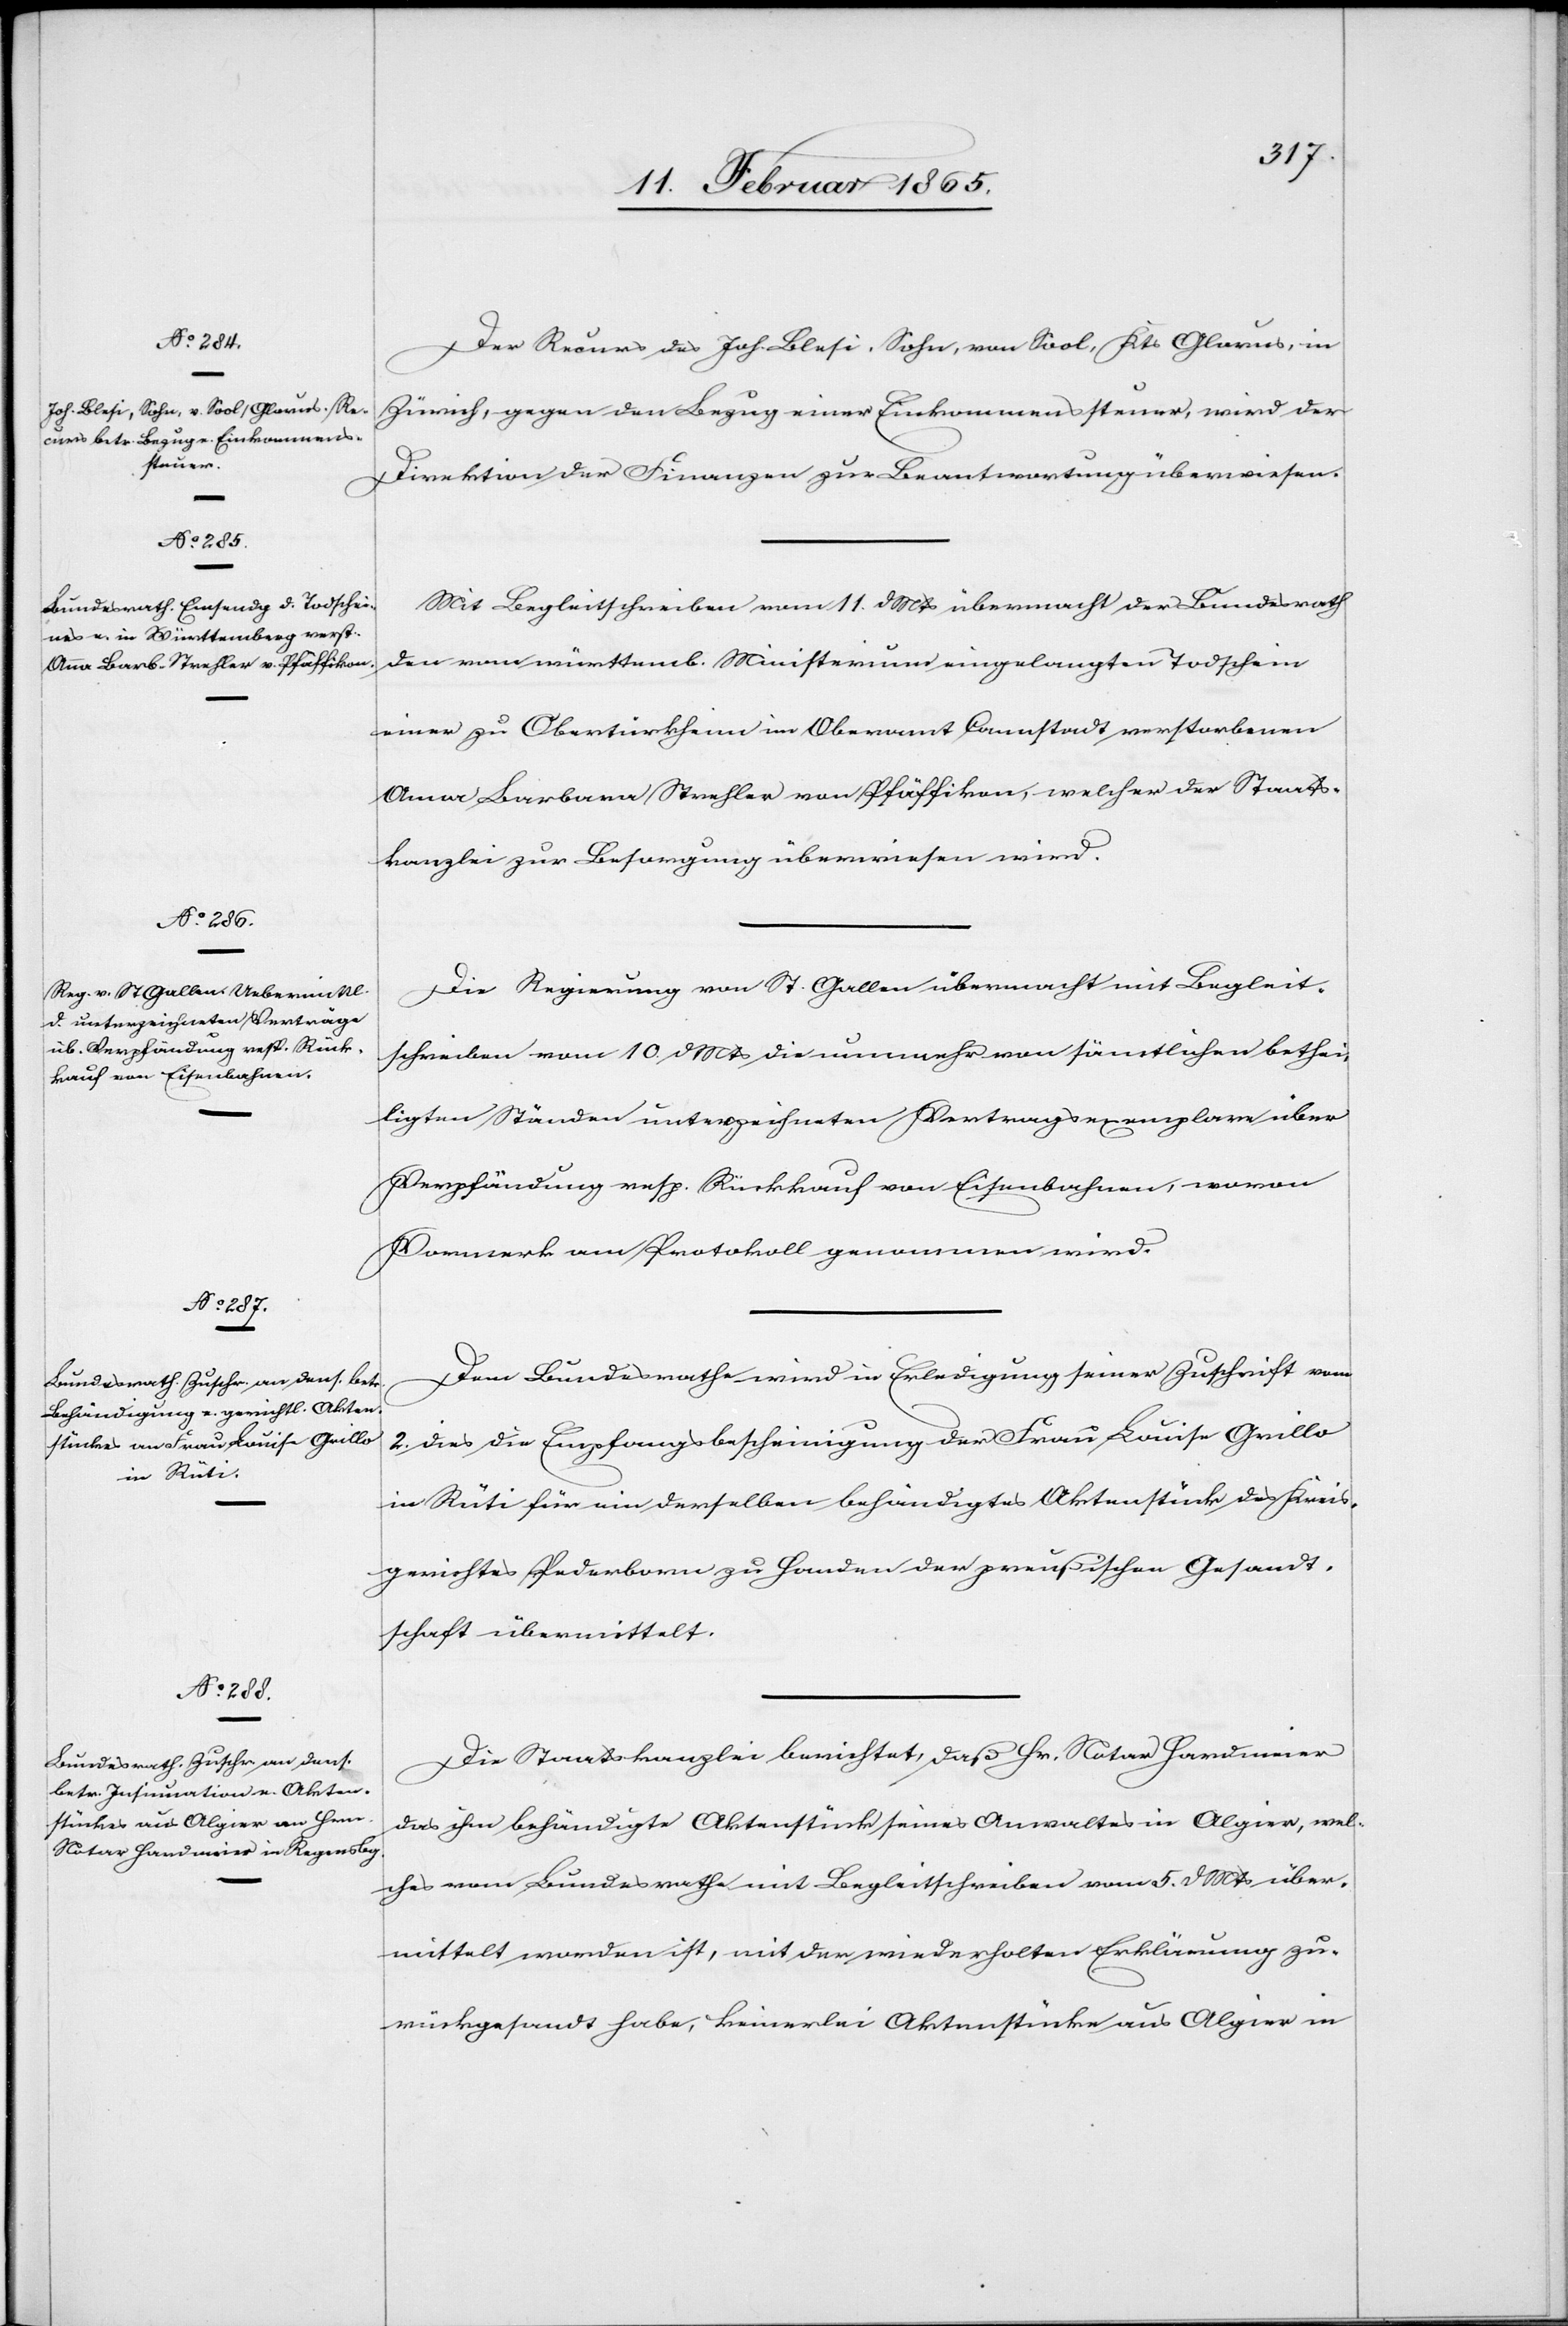
13. Februar 1865.]
Der Recurs des Joh. Blesi, Sohn, von Sool, Kts Glarus, in
Zürich, gegen den Bezug einer Einkommenssteuer, wird der
Direktion der Finanzen zur Beantwortung überwiesen.
Mit Begleitschreiben vom 11. d Mts übermacht der Bundesrath
den vom württemb. Ministerium eingelangten Todschein
einer zu Obertürkheim im Oberamt Comnstadt verstorbenen
Anna Barbara Strehler von Pfäffikon, welcher der Staats¬
kanzlei zur Besorgung überwiesen wird.
Die Regierung von St. Gallen übermacht mit Begleit¬
schreiben vom 10. d Mts die nunmehr von sämtlichen bethei¬
ligten Ständen unterzeichneten Vertragsexemplare über
Verpfändung resp. Rückkauf von Eisenbahnen, wovon
Vormerk am Protokoll genommen wird.
Dem Bundesrathe wird in Erledigung seiner Zuschrift vom
2. dies die Empfangsbescheinigung der Frau Louise Grillo
in Rüti für ein derselben behändigtes Aktenstück des Kreis¬
gerichtes Pederborn zu Handen der preußischen Gesandt¬
schaft übermittelt.
Die Staatskanzlei berichtet, daß Hr. Notar Hardmeier
das ihm behändigte Aktenstück seines Anwaltes in Algier, wel¬
ches vom Bundesrathe mit Begleitschreiben vom 5. d Mts über¬
mittelt worden ist, mit der wiederholten Erklärung zu¬
rückgesandt habe, keinerlei Aktenstücke aus Algier in